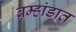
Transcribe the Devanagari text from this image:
ब्रम्हांडात